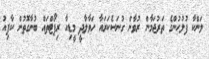
ލަންކާ ފުލުހުންގެ ތަރުޖަމާން ރުވާން ގުނަސެކަރައާ ހަވާލާދީ މީޑިއާ ރިޕޯޓްތައް ބުނާގޮތުން ކާފިއު